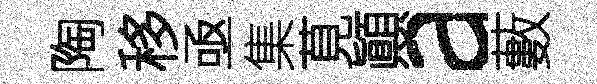
陶移亟集莧顚a藪